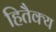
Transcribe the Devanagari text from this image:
हितैक्य